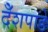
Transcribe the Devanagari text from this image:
देँशपाडे